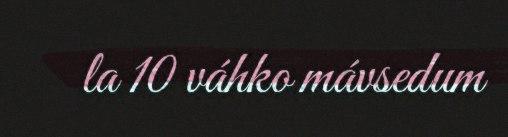
la 10 váhko mávsedum